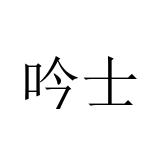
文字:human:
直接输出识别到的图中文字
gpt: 吟士